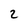
Character: 2